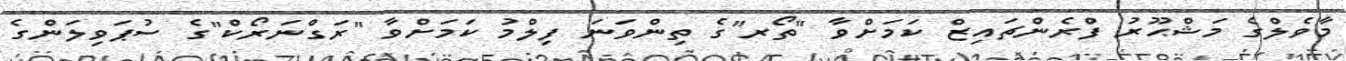
މާވެލްގެ މަޝްޙޫރު ފްރެންޗައިޒް ކަމަށްވާ "ތޯރ"ގެ ތިންވަނަ ފިލްމު ކަމަށްވާ "ރަގްނަރޯކް"ގެ ސުޕަވިލަންގެ